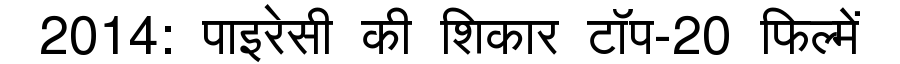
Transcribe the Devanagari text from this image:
2014: पाइरेसी की शिकार टॉप-20 फिल्में